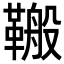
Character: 𮧣